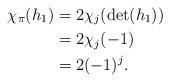
LaTeX: \begin{align*}\chi_{\pi}(h_1)&=2\chi_j(\det(h_1))\\&=2\chi_j(-1)\\&=2(-1)^j.\end{align*}